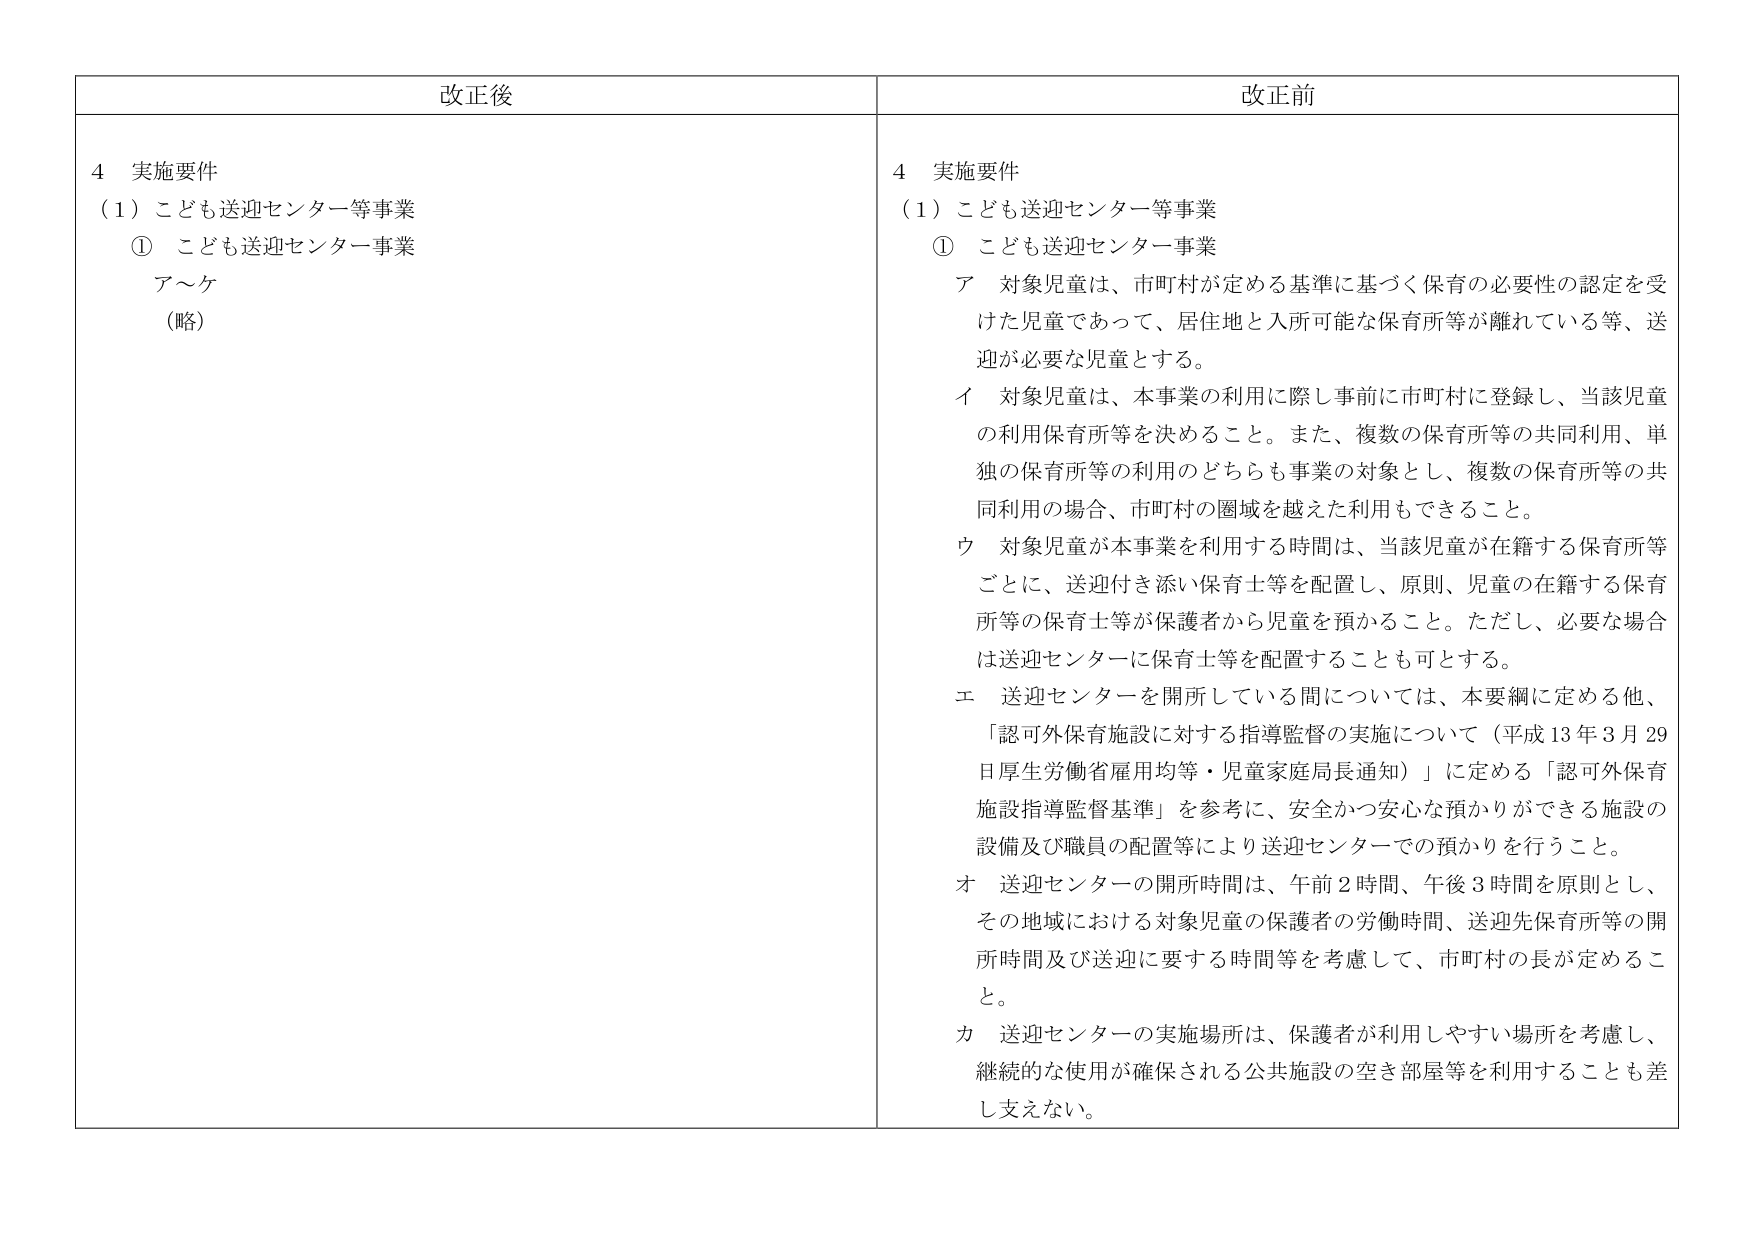
改正後

4 実施要件
（1）こども送迎センター等事業
① こども送迎センター事業
ア～ケ
（略）

改正前

4 実施要件
（1）こども送迎センター等事業
① こども送迎センター事業
ア 対象児童は、市町村が定める基準に基づく保育の必要性の認定を受けた児童であって、居住地と入所可能な保育所等が離れている等、送迎が必要な児童とする。
イ 対象児童は、本事業の利用に際し事前に市町村に登録し、当該児童の利用保育所等を決めること。また、複数の保育所等の共同利用、単独の保育所等の利用のどちらも事業の対象とし、複数の保育所等の共同利用の場合、市町村の圏域を越えた利用もできること。
ウ 対象児童が本事業を利用する時間は、当該児童が在籍する保育所等ごとに、送迎付き添い保育士等を配置し、原則、児童の在籍する保育所等の保育士等が保護者から児童を預かること。ただし、必要な場合は送迎センターに保育士等を配置することも可とする。
エ 送迎センターを開所している間については、本要綱に定める他、「認可外保育施設に対する指導監督の実施について（平成13年3月29日厚生労働省雇用均等・児童家庭局長通知）」に定める「認可外保育施設指導監督基準」を参考に、安全かつ安心な預かりができる施設の設備及び職員の配置等により送迎センターでの預かりを行うこと。
オ 送迎センターの開所時間は、午前2時間、午後3時間を原則とし、その地域における対象児童の保護者の労働時間、送迎先保育所等の開所時間及び送迎に要する時間等を考慮して、市町村の長が定めるこ と。
カ 送迎センターの実施場所は、保護者が利用しやすい場所を考慮し、継続的な使用が確保される公共施設の空き部屋等を利用することも差し支えない。